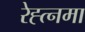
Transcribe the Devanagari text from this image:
रेह्त्नमा